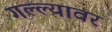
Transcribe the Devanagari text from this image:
गल्ल्यावर